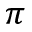
\pi